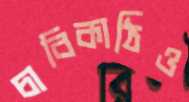
চাবিকাঠিও